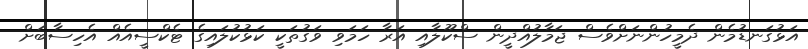
އަޅުގަނޑުމެން ދެމީހުންނަށްވެސް ޖަމާލުއްދީން ސްކޫލާއި އަރާ ހަމަވި ވަގުތަކީ ކަޅުކުލައިގެ ޓެކްސީއެއް އެހިސާބަށް